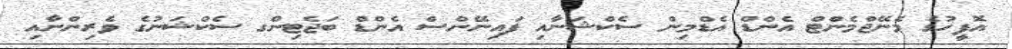
އޮފީހުގެ މެނޭޖްމެންޓް އެންޑް އެޑްމިން ސެކްޝަނާއި ފައިނޭންސް އެންޑް ބަޖެޓިންގ ސެކްޝަނުގެ ވެރިންނާއި